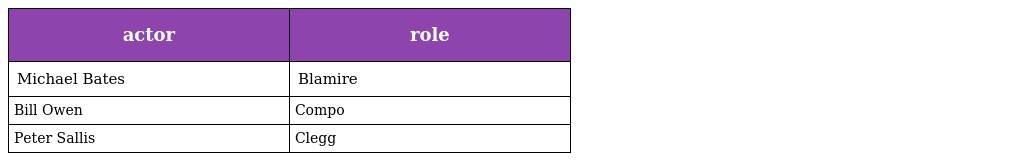
| actor | role |
 | --- | --- |
 | Michael Bates | Blamire |
 | Bill Owen | Compo |
 | Peter Sallis | Clegg |